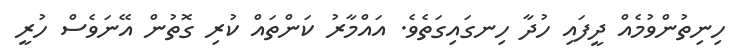
ހިނިތުންވުމެއް ދީފައި ހުދާ ހިނގައިގަތެވެ. އައްމާރު ކަންތައް ކުރި ގޮތުން އޭނަވެސް ހުރީ